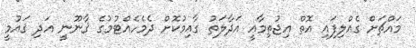
މައްޗަށް ގެއްލިފައި އޮތް އިޖުތިމާޢީ އަދާލަތު ގާއިމުކޮށް ދެމެހެއްޓުމުގެ ޤާނޫނީ އަދި ޤައުމީ